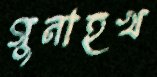
গুনাহখ